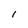
Character: 1